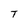
Character: T